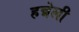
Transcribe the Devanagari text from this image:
हन्नेली